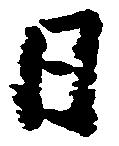
日